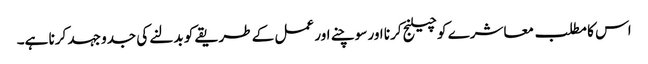
اس کا مطلب معاشرے کو چیلنج کرنا اور سوچنے اور عمل کے طریقے کو بدلنے کی جدو جہد کرنا ہے۔